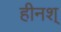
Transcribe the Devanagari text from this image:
हीनश्